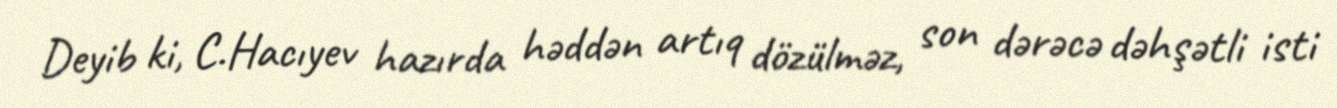
Deyib ki, C.Hacıyev hazırda həddən artıq dözülməz, son dərəcə dəhşətli isti